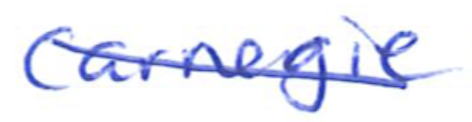
Text: Carnegie
Cross-out: diagonal
Writing tool: ballpoint